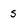
Character: s